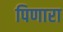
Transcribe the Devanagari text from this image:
पिणारा